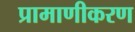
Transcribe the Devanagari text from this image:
प्रामाणीकरण